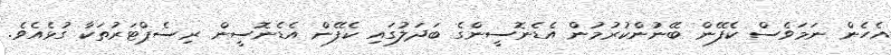
އެހެން ނަމަވެސް ކެފޭން ބޭނުންކުރުމުން އެޑެނޮސީންގެ ބަދަލުގައި ކެފޭން އެޑެނޮސީން ރިސެޕްޓަރުތަކާ ގުޅެއެވެ.